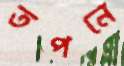
তপনে